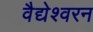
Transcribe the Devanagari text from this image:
वैद्येश्वरन